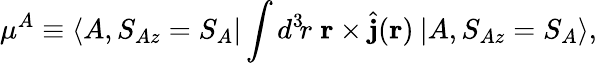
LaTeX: \mu^{A}\equiv\langle A,S_{Az}=S_{A}|\int d^{3}\! r\; {\mathbf r}\times\hat{{\mathbf j}}({\mathbf r})\: |A,S_{Az}=S_{A}\rangle,